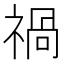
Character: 禍